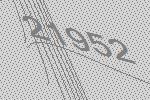
21952